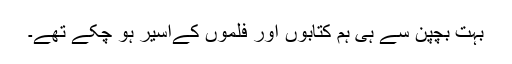
بہت بچپن سے ہی ہم کتابوں اور فلموں کےاسیر ہو چکے تھے۔